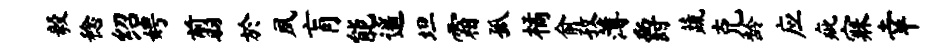
毅稔绍娉翦於夙肓能遥坦霜孤橘俞孜薄爵蔬克龄应疵寐幸